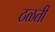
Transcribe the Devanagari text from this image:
ठळती